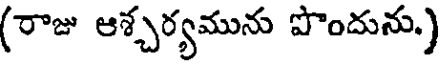
(రాజు ఆశ్చర్యమును పొందును.)